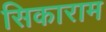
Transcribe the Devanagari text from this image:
सिकाराम